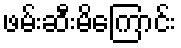
ဖမ်းဆီးမိကြောင်း